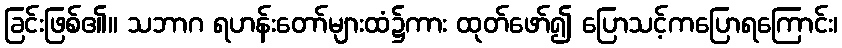
ခြင်းဖြစ်၏။ သဘာဂ ရဟန်းတော်များထံ၌ကား ထုတ်ဖော်၍ ပြောသင့်ကပြောရကြောင်း၊